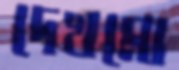
দেখমো